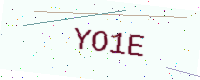
Text: YO1E